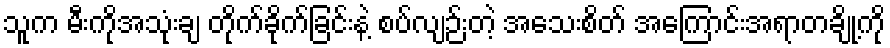
သူက မီးကိုအသုံးချ တိုက်ခိုက်ခြင်းနဲ့ စပ်လျဉ်းတဲ့ အသေးစိတ် အကြောင်းအရာတချို့ကို